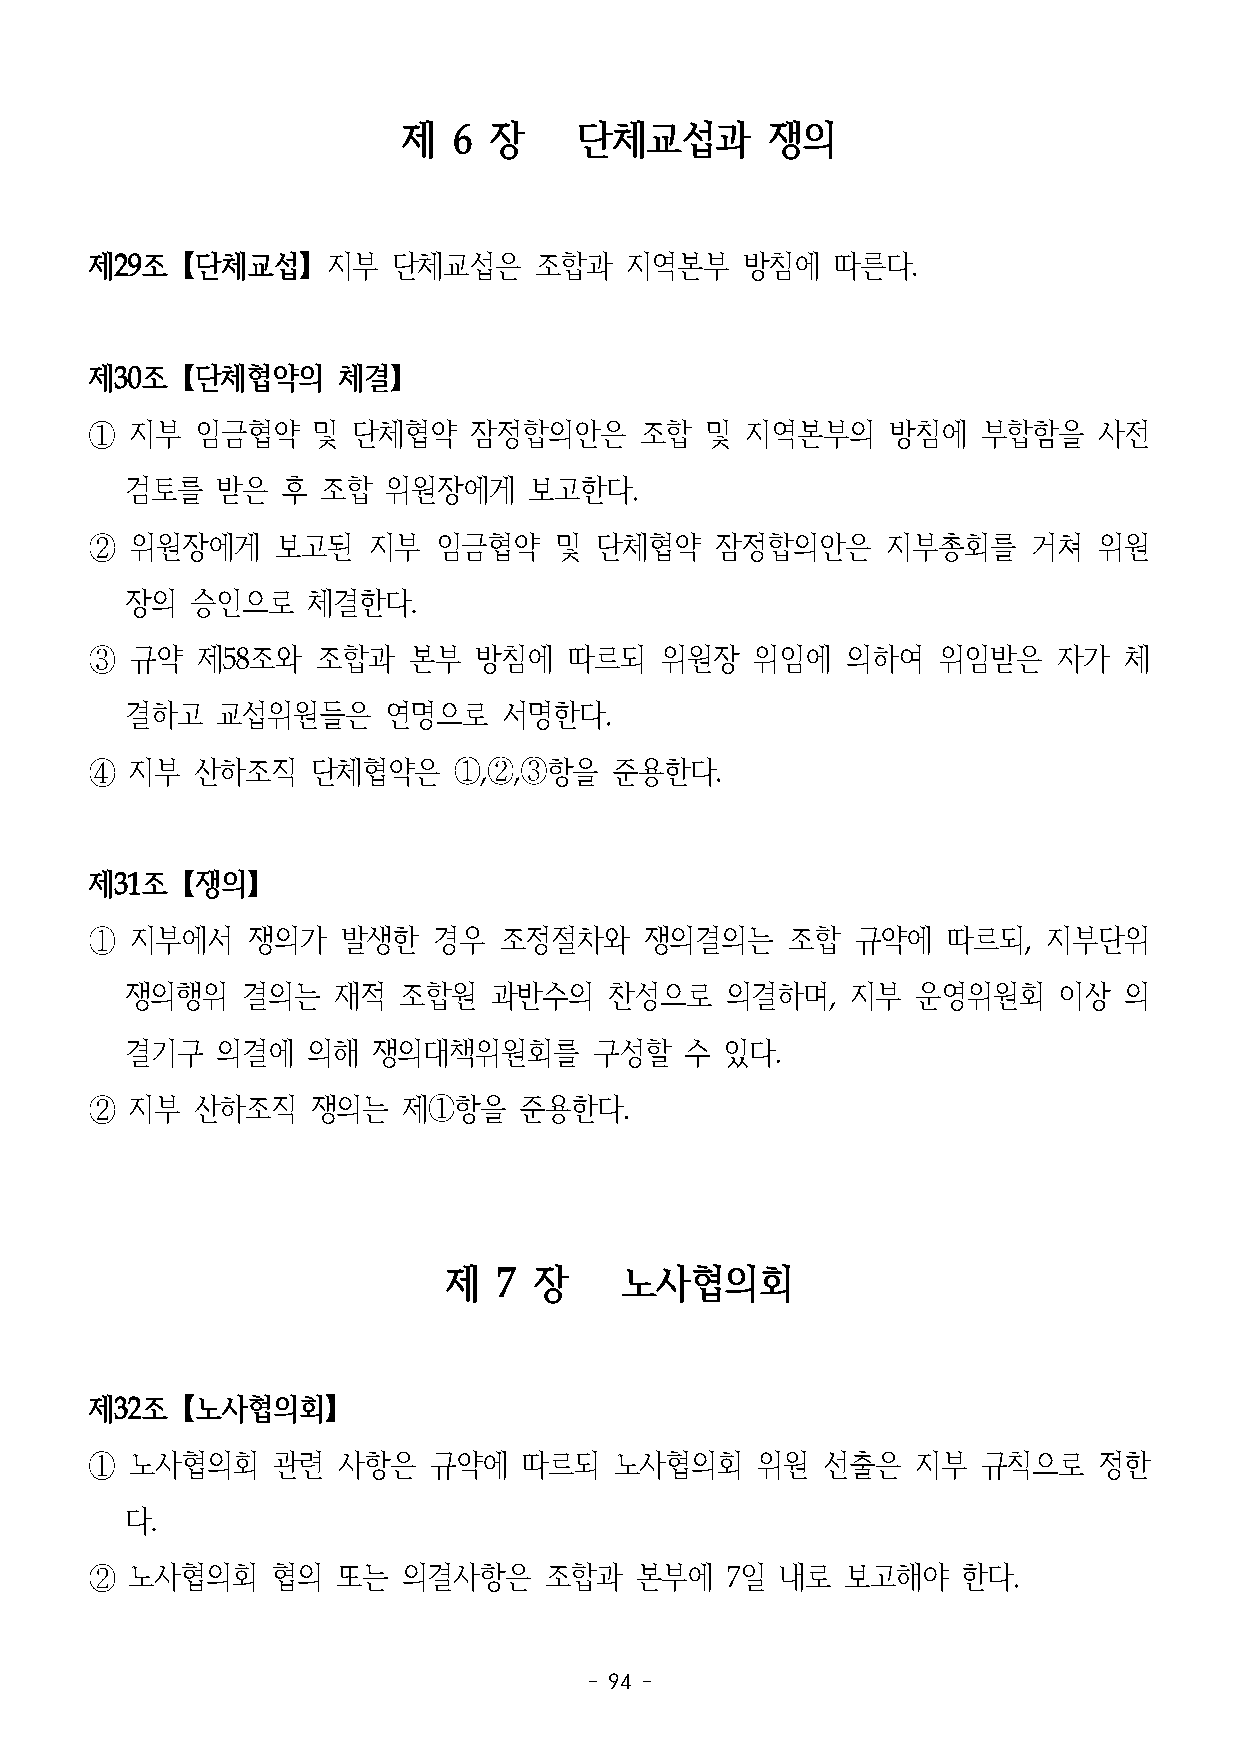
제  6 장     단체교섭과        쟁의
 제29조【단체교섭】지부        단체교섭은    조합과   지역본부    방침에   따른다.
 제30조【단체협약의      체결】
 ①  지부  임금협약    및 단체협약    잠정합의안은     조합   및 지역본부의     방침에   부합함을    사전
 검토를   받은   후 조합   위원장에게    보고한다.
 ②  위원장에게    보고된   지부   임금협약    및 단체협약    잠정합의안은      지부총회를    거쳐   위원
 장의   승인으로   체결한다.
 ③  규약  제58조와   조합과   본부  방침에    따르되   위원장   위임에   의하여   위임받은    자가  체
 결하고   교섭위원들은     연명으로    서명한다.
 ④  지부  산하조직    단체협약은    ①,②,③항을   준용한다.
 제31조【쟁의】
 ①  지부에서   쟁의가    발생한   경우  조정절차와     쟁의결의는    조합   규약에   따르되,  지부단위
 쟁의행위    결의는   재적  조합원   과반수의    찬성으로    의결하며,   지부   운영위원회    이상  의
 결기구   의결에   의해   쟁의대책위원회를      구성할   수  있다.
 ②  지부  산하조직    쟁의는   제①항을   준용한다.
 제   7 장     노사협의회
 제32조【노사협의회】
 ①  노사협의회    관련  사항은   규약에    따르되   노사협의회    위원  선출은    지부  규칙으로    정한
 다.
 ②  노사협의회    협의  또는   의결사항은    조합과   본부에   7일  내로  보고해야    한다.
 - 94 -